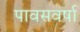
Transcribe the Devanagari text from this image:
पावसवर्षा